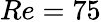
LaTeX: Re=75